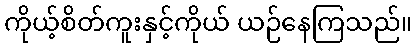
ကိုယ့်စိတ်ကူးနှင့်ကိုယ် ယဉ်နေကြသည်။